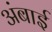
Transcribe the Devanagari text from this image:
अंबाई